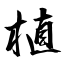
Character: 植